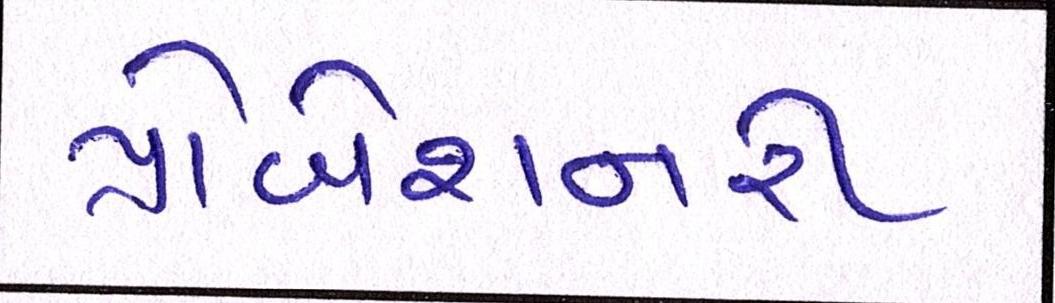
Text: પ્રોબેશનરી